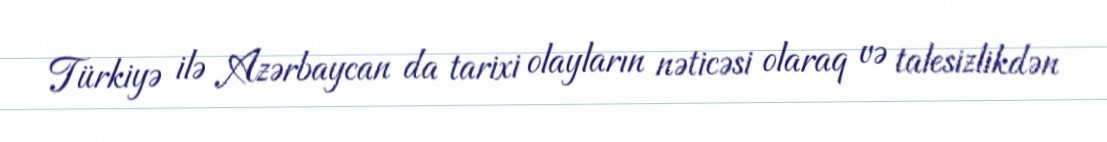
Türkiyə ilə Azərbaycan da tarixi olayların nəticəsi olaraq və talesizlikdən